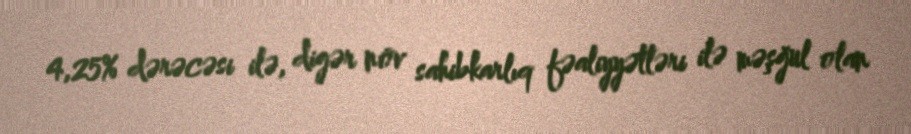
4,25% dərəcəsi ilə, digər növ sahibkarlıq fəaliyyətləri ilə məşğul olan